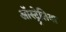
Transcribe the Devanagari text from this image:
ऑस्ट्र्रेलिया